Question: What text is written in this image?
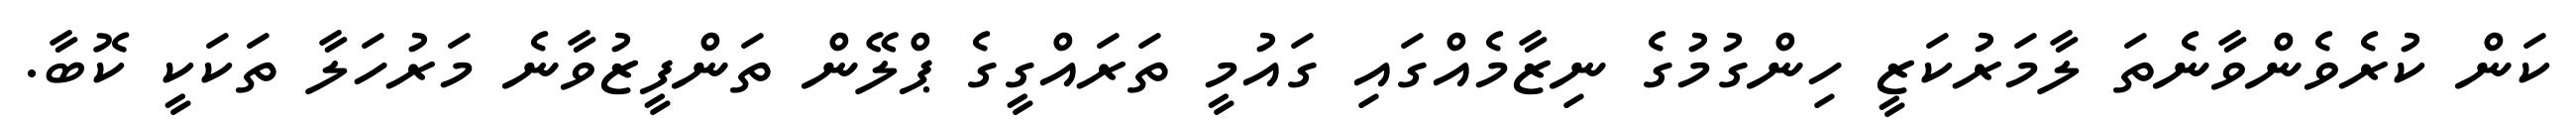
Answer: ކަން ކުރެވެންވާނެތަ ލާމަރުކަޒީ ހިންގުމުގެ ނިޒާމެއްގައި ގައުމީ ތަރައްގީގެ ޕްލޭން ތަންފީޒުވާނެ މަރުހަލާ ތަކަކީ ކޮބާ.